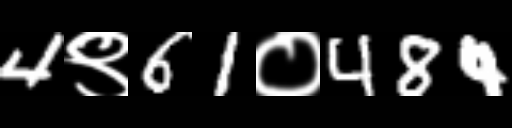
Text: 4९61०484